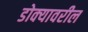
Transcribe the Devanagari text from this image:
डोक्‍यावरील